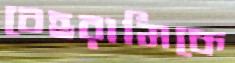
বেহরামিকে